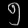
Digit: ၅